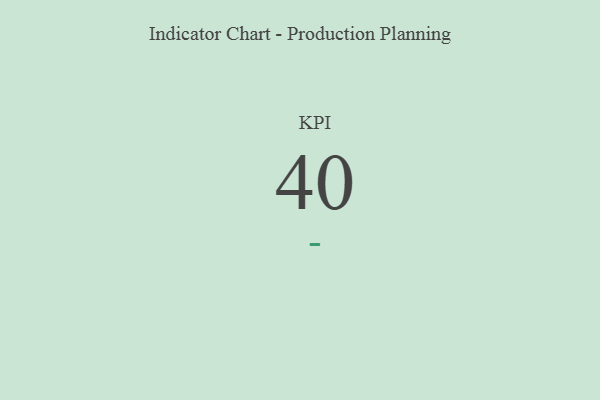
{"axis": {"x": "KPI", "y": "Value"}, "legend": [""], "data": [{"x": "KPI", "y": 40, "type": ""}]}